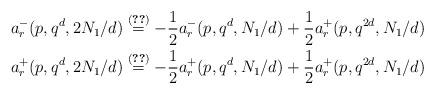
LaTeX: \begin{align*} a_r^-(p,q^d,2N_1/d) & \stackrel{\eqref{eq:arminus}}{=} -\frac{1}{2} a_r^-(p,q^d,N_1/d) + \frac{1}{2} a_r^+(p,q^{2d},N_1/d) \\ a_r^+(p,q^d,2N_1/d) &\stackrel{\eqref{eq:arplus}}{=} -\frac{1}{2} a_r^+(p,q^d,N_1/d) + \frac{1}{2} a_r^+(p,q^{2d},N_1/d) \end{align*}